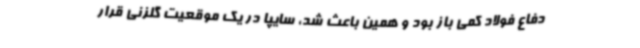
دفاع فولاد کمی باز بود و همین باعث شد، سایپا در یک موقعیت گلزنی قرار